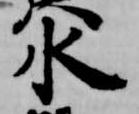
水